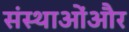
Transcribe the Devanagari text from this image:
संस्थाओंऔर